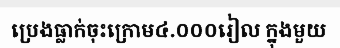
ប្រេងធ្លាក់ចុះក្រោម៤.០០០រៀល ក្នុងមួយ